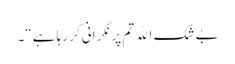
بے شک الله تم پر نگرانی کر رہا ہے“۔